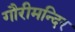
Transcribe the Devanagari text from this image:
गौरीमन्दिर